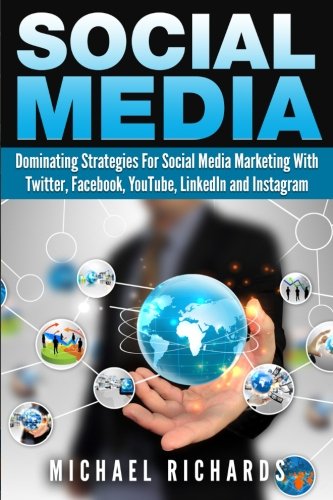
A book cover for Social Media: Dominating Strategies for Social Media Marketing with Twitter, Facebook, Youtube, LinkedIn, and Instagram; Michael Richards; Computers & Technology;